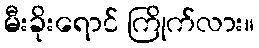
မီးခိုးရောင် ကြိုက်လား။